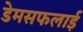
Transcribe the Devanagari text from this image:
डेमसफलाई